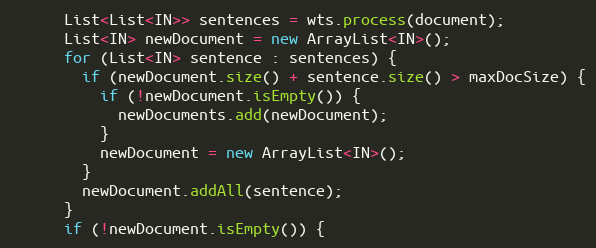
Language: Java
      List<List<IN>> sentences = wts.process(document);
      List<IN> newDocument = new ArrayList<IN>();
      for (List<IN> sentence : sentences) {
        if (newDocument.size() + sentence.size() > maxDocSize) {
          if (!newDocument.isEmpty()) {
            newDocuments.add(newDocument);
          }
          newDocument = new ArrayList<IN>();
        }
        newDocument.addAll(sentence);
      }
      if (!newDocument.isEmpty()) {